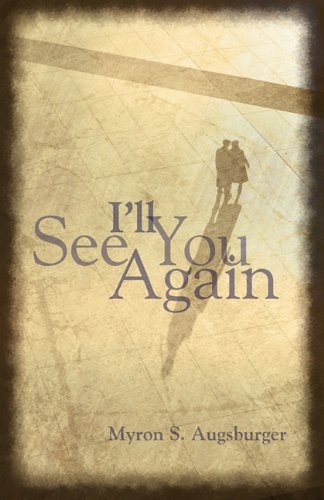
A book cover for I'll See You Again!; Myron S. Augsburger; Christian Books & Bibles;